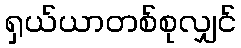
ရှယ်ယာတစ်စုလျှင်